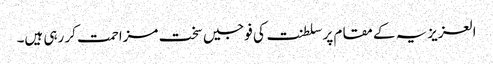
العزیزیہ کے مقام پر سلطنت کی فوجیں سخت مزاحمت کر رہی ہیں۔